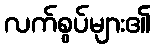
လက်စွပ်များ၏